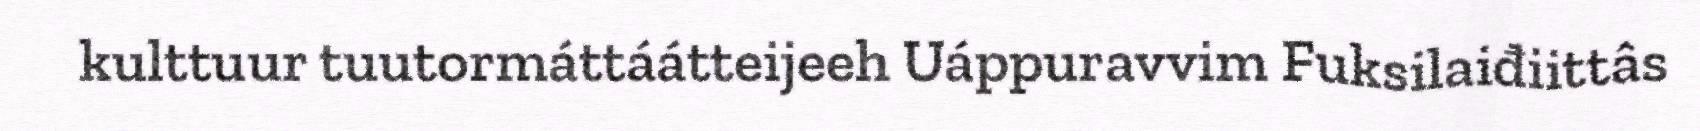
kulttuur tuutormáttáátteijeeh Uáppuravvim Fuksilaiđiittâs